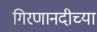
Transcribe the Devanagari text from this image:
गिरणानदीच्या